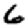
Digit: 6